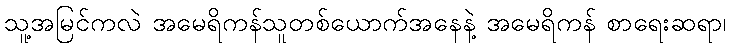
သူ့အမြင်ကလဲ အမေရိကန်သူတစ်ယောက်အနေနဲ့ အမေရိကန် စာရေးဆရာ၊